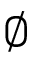
\emptyset